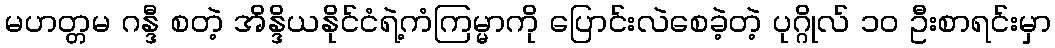
မဟတ္တမ ဂန္ဒီ စတဲ့ အိန္ဒိယနိုင်ငံရဲ့ကံကြမ္မာကို ပြောင်းလဲစေခဲ့တဲ့ ပုဂ္ဂိုလ် ၁၀ ဦးစာရင်းမှာ